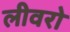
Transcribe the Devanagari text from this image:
लीवरो